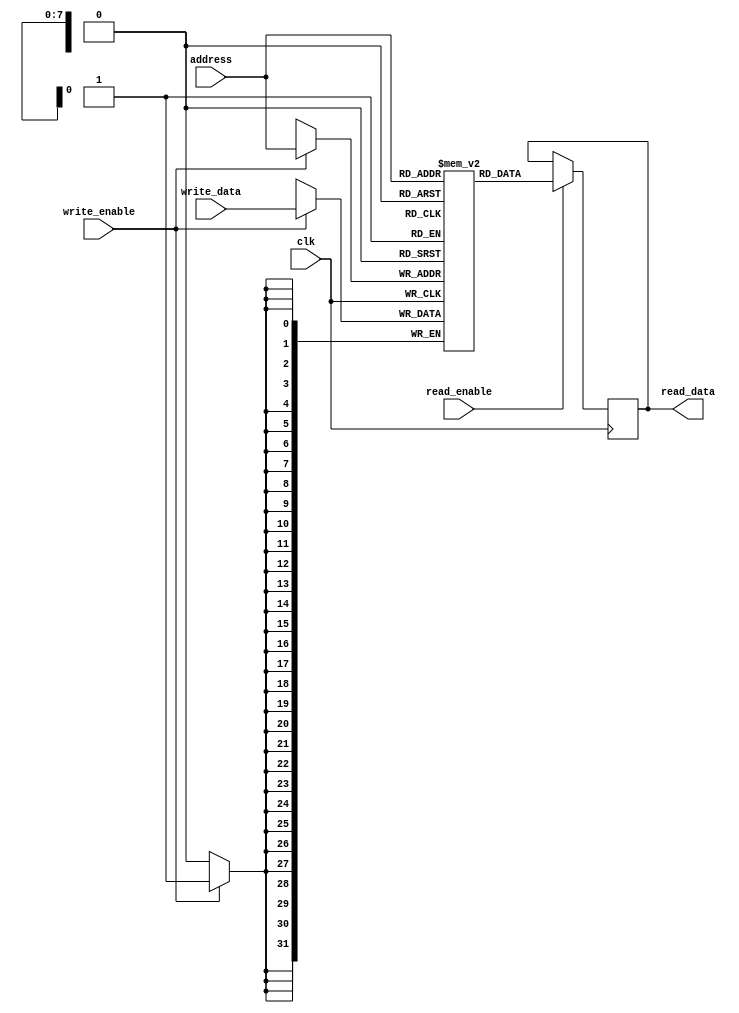
module memory_block (
    input wire clk,
    input wire read_enable,
    input wire write_enable,
    input wire [7:0] address,
    input wire [31:0] write_data,
    output reg [31:0] read_data
);
    reg [31:0] memory [255:0]; // 256 x 32-bit memory array

    always @(posedge clk) begin
        if (write_enable) begin
            memory[address] <= write_data; // Write operation
        end
        if (read_enable) begin
            read_data <= memory[address]; // Read operation
        end
    end
endmodule